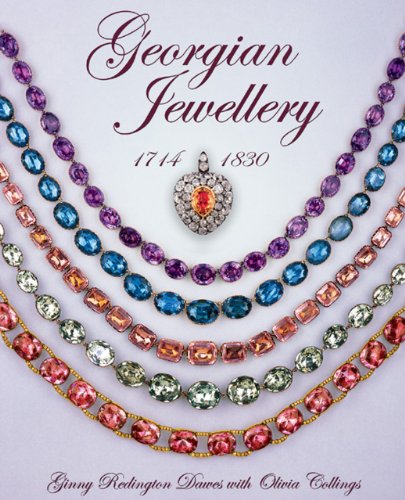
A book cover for Georgian Jewellery 1714-1830; Ginny Redington; Crafts, Hobbies & Home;